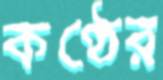
কণ্ঠের